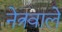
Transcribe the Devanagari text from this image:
नेत्रवाले